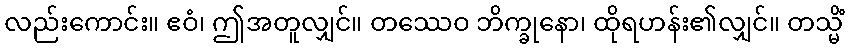
လည်းကောင်း။ ဧဝံ၊ ဤအတူလျှင်။ တဿေဝ ဘိက္ခုနော၊ ထိုရဟန်း၏လျှင်။ တသ္မိံ